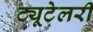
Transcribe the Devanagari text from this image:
ट्यूटेलरी